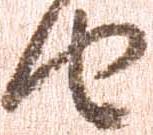
由